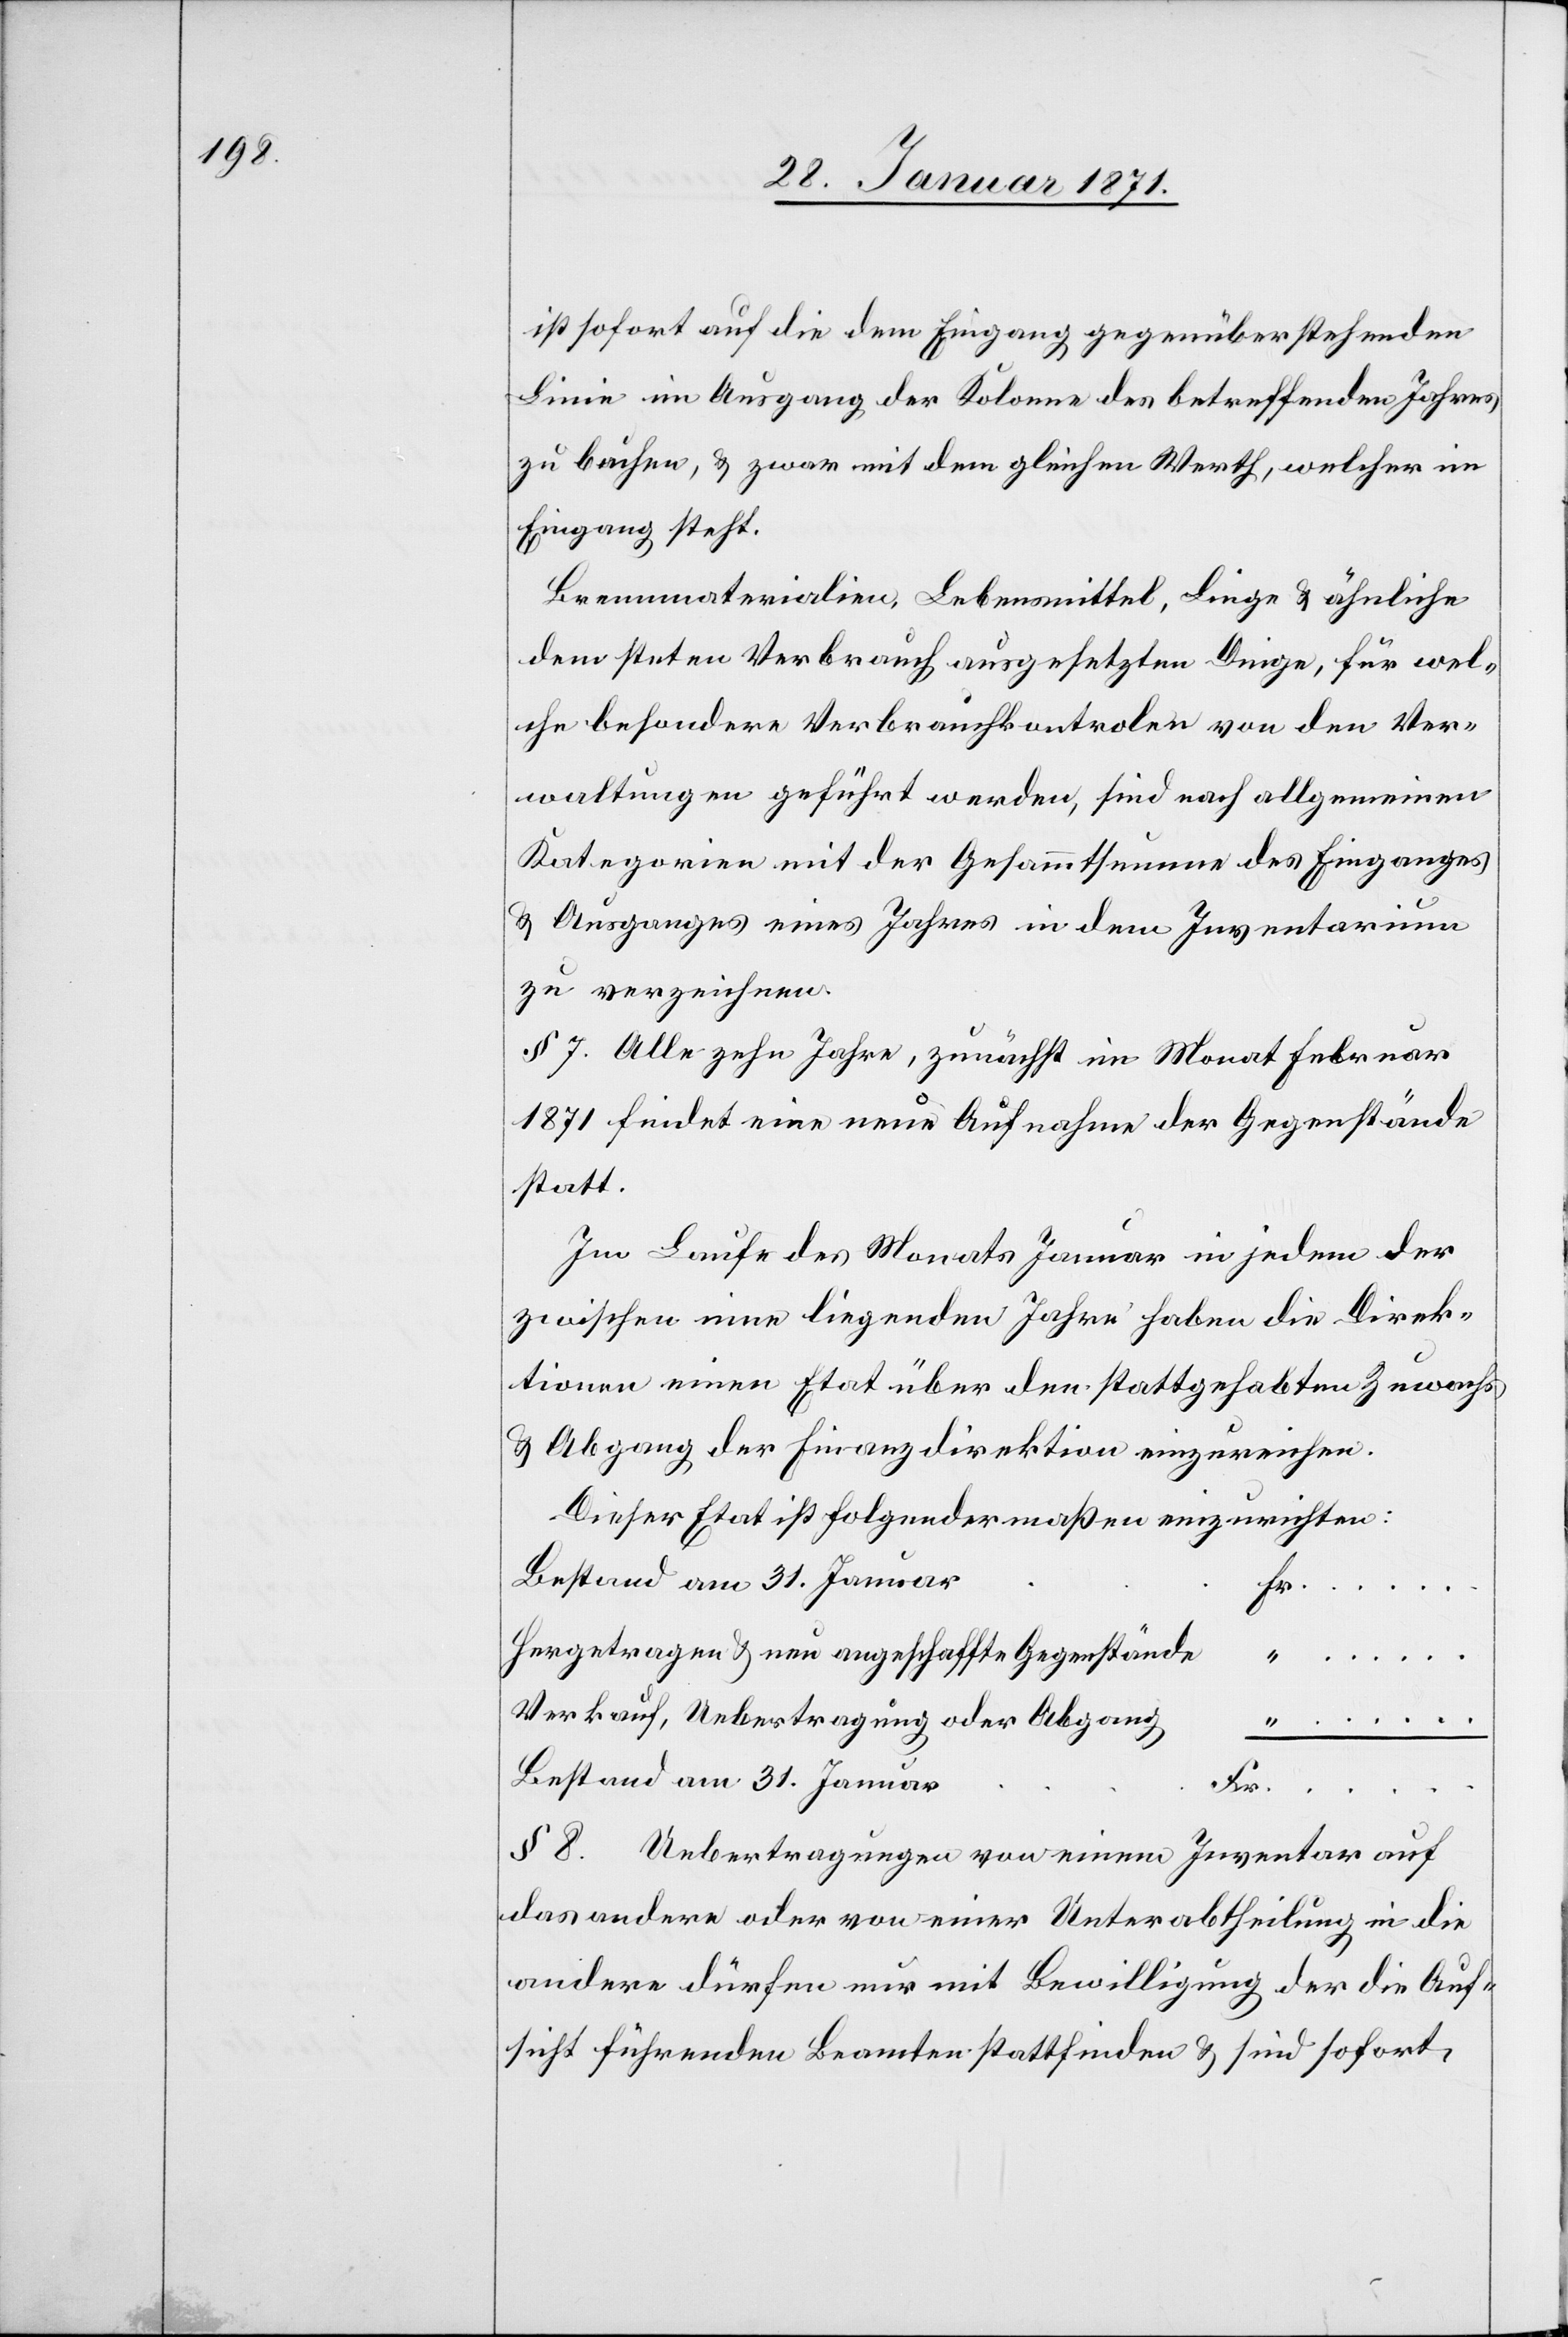
ist sofort auf die dem Eingang gegenüber stehenden
Linie im Ausgang der Kolonne des betreffenden Jahres
zu buchen, u. zwar mit dem gleichen Werth, welcher im
Eingang steht.
Brennmaterialien, Lebensmittel, Linge- u. ähnliche
dem steten Verbrauch ausgesetzten Dinge, für wel¬
che besondere Verbrauchkontrolen von den Ver¬
waltungen geführt werden, sind nach allgemeinen
Kategorien mit der Gesammtsumme des Einganges
u. Ausganges eines Jahres in dem Inventarium
zu verzeichnen.
§ 7. Alle zehn Jahre, zunächst im Monat Februar
1871 findet eine neue Aufnahme der Gegenstände
statt.
Im Laufe des Monats Januar in jedem der
zwischen inne liegenden Jahre haben die Direk¬
tionen einen Etat über den stattgehabten Zuwachs
u. Abgang der Finanzdirektion einzureichen.
Dieser Etat ist folgendermaßen einzurichten:
Bestand am 31. Januar
“
…..
Hergetragen u. neu angeschaffte Gegenstände
Verkauf, Uebertragung oder Abgang
Bestand am 31. Januar
…..
§ 8. Uebertragungen von einem Inventar auf
das andere oder von einer Unterabtheilung in die
andere dürfen nur mit Bewilligung der die Auf¬
sicht führenden Beamten stattfinden u. sind sofort,